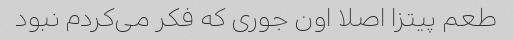
طعم پیتزا اصلا اون جوری که فکر می‌کردم نبود